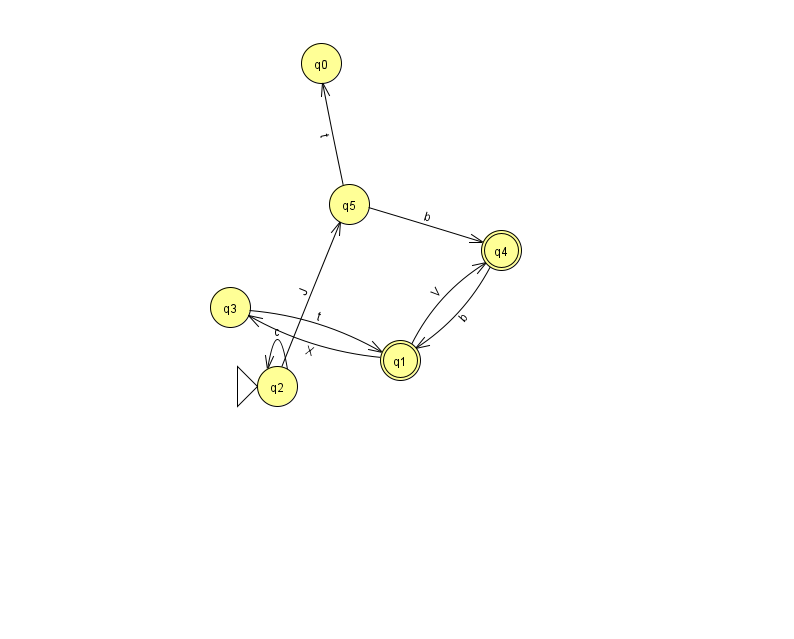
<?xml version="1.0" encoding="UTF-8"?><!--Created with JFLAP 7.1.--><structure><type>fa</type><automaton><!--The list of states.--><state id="0" name="q0"><x>321.0</x><y>50.0</y></state><state id="1" name="q1"><x>400.0</x><y>347.0</y><final/></state><state id="2" name="q2"><x>277.0</x><y>373.0</y><initial/></state><state id="3" name="q3"><x>230.0</x><y>294.0</y></state><state id="4" name="q4"><x>501.0</x><y>237.0</y><final/></state><state id="5" name="q5"><x>349.0</x><y>191.0</y></state><!--The list of transitions.--><transition><from>3</from><to>1</to><read>t</read></transition><transition><from>2</from><to>2</to><read>c</read></transition><transition><from>5</from><to>0</to><read>t</read></transition><transition><from>1</from><to>4</to><read>V</read></transition><transition><from>1</from><to>3</to><read>X</read></transition><transition><from>2</from><to>5</to><read>J</read></transition><transition><from>4</from><to>1</to><read>b</read></transition><transition><from>5</from><to>4</to><read>b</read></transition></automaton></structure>